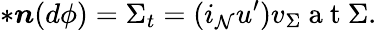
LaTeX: \ast\boldsymbol{n}(d\phi)=\Sigma_{t}=(i_{\mathcal{N}}u^{\prime})v_{\Sigma}\mathrm{~a~t~}\Sigma.